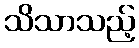
သိသာသည့်